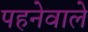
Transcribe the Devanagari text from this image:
पहनेवाले